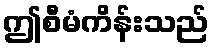
ဤစီမံကိန်းသည်